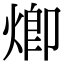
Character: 𤊵